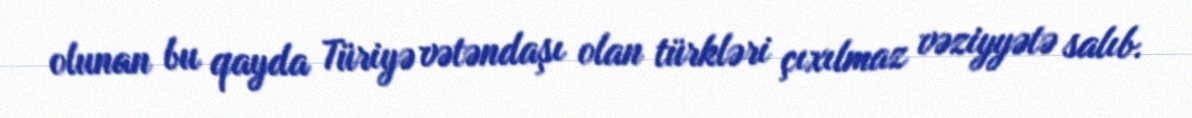
olunan bu qayda Türiyə vətəndaşı olan türkləri çıxılmaz vəziyyətə salıb.